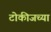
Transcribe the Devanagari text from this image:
टोकीजच्या